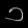
Digit: ၁